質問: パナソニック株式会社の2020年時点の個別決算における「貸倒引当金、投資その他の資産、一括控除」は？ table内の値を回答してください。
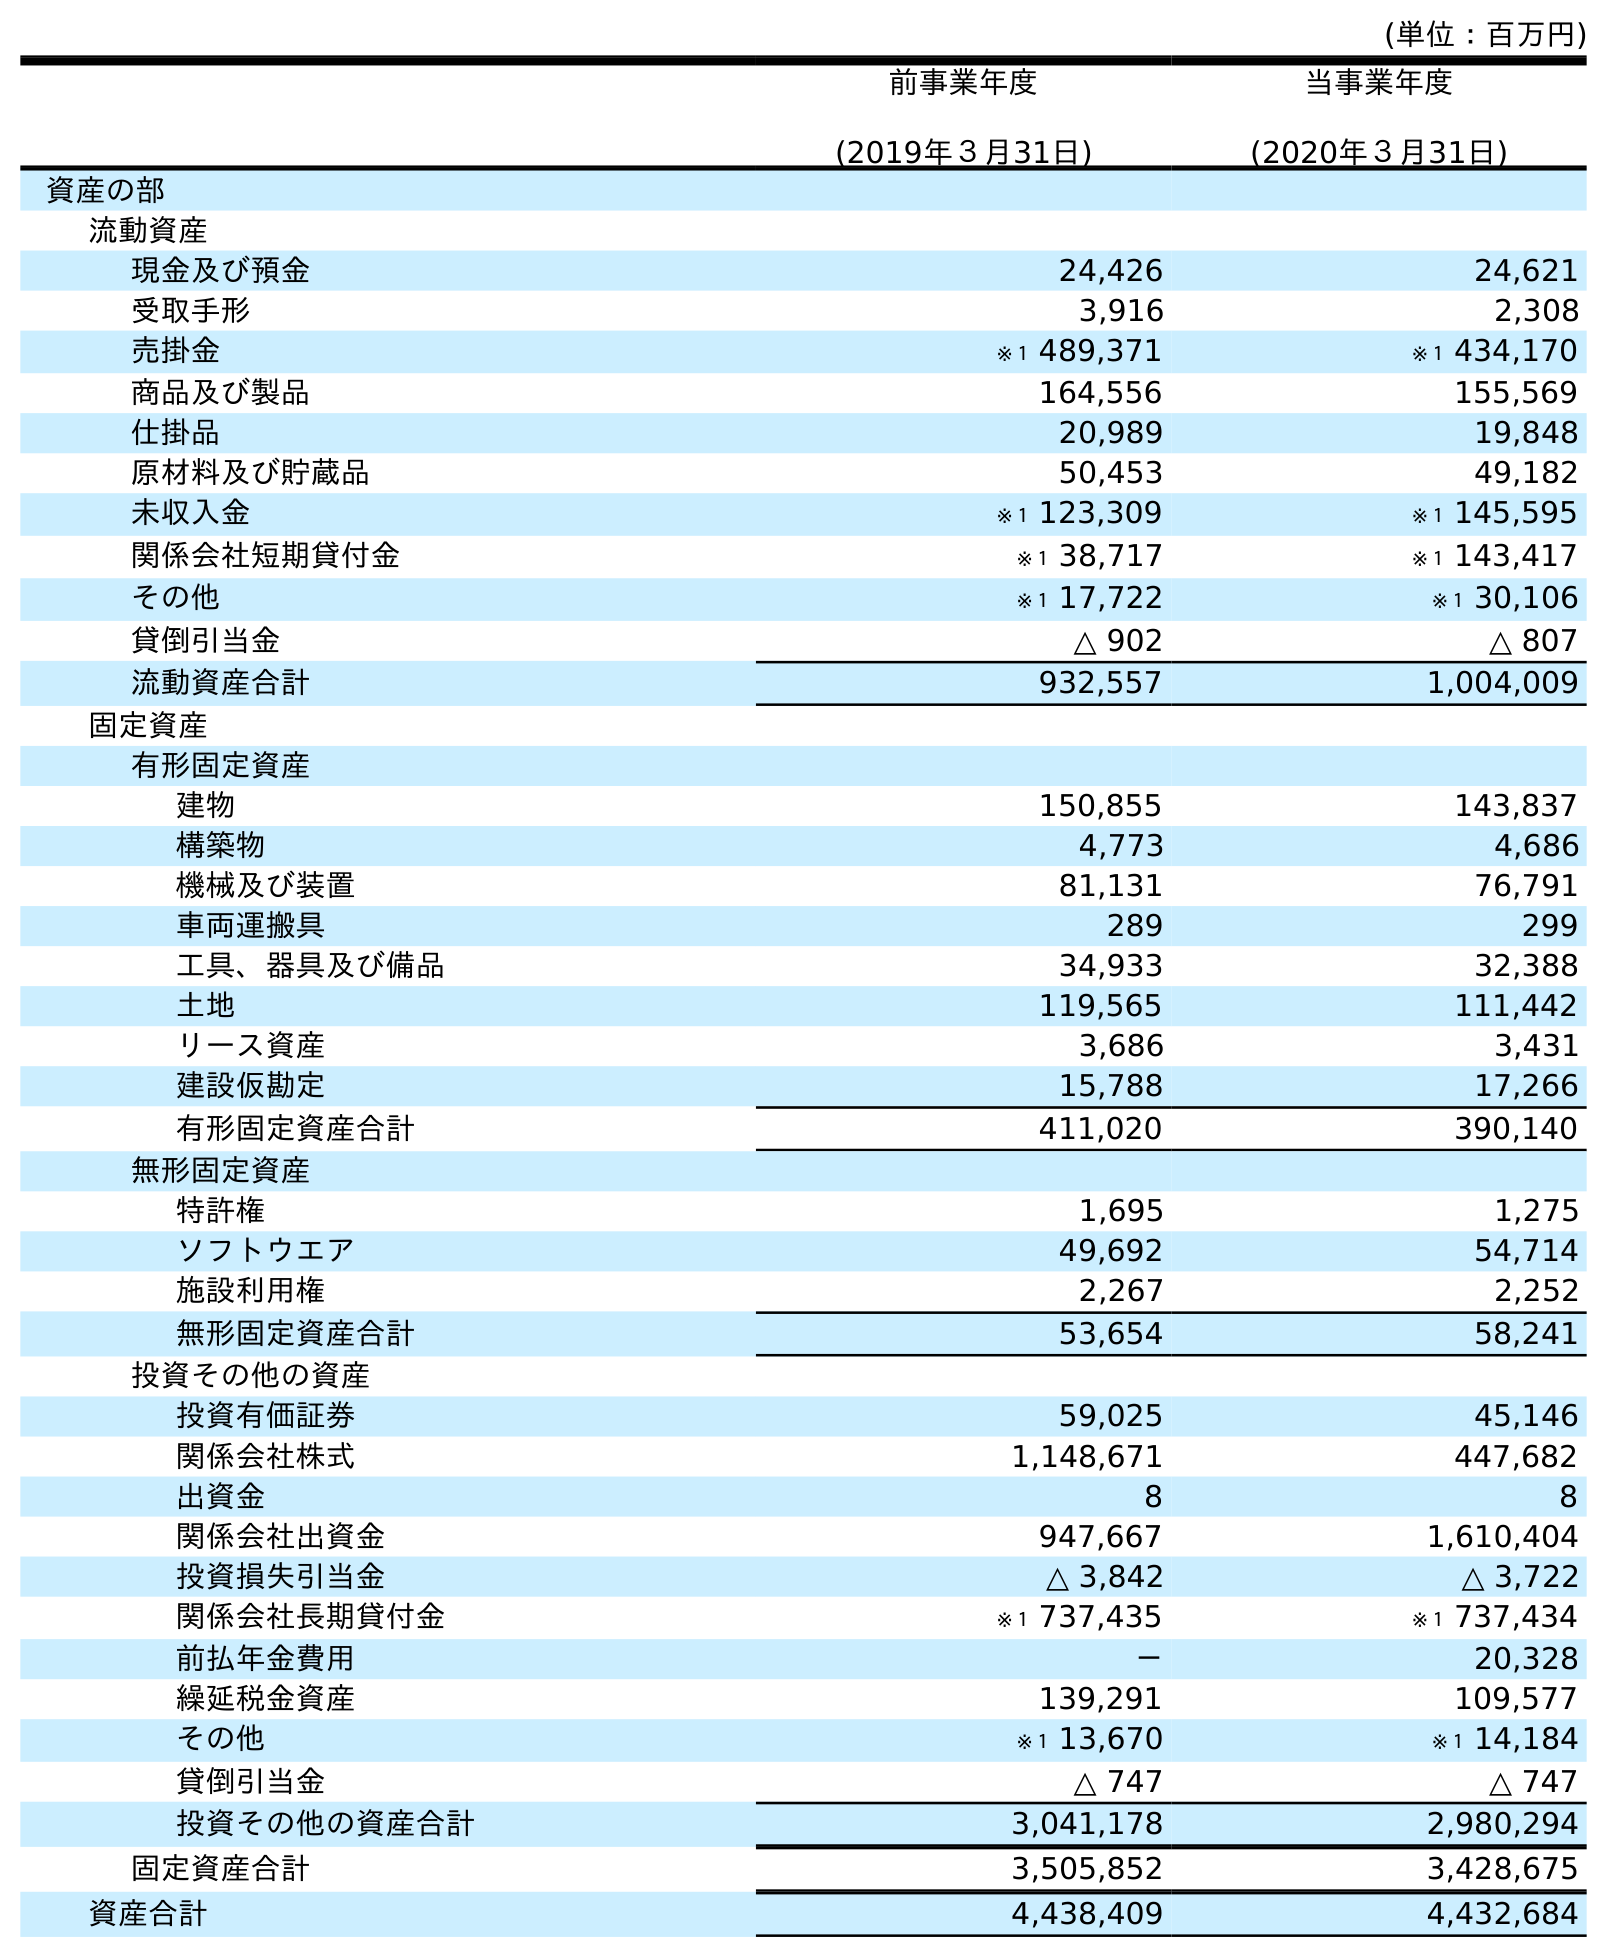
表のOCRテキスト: (単位：百万円) 前事業年度 (2019年３月31日) 当事業年度 (2020年３月31日) 資産の部 流動資産 現金及び預金 24,426 24,621 受取手形 3,916 2,308 売掛金 ※１ 489,371 ※１ 434,170 商品及び製品 164,556 155,569 仕掛品 20,989 19,848 原材料及び貯蔵品 50,453 49,182 未収入金 ※１ 123,309 ※１ 145,595 関係会社短期貸付金 ※１ 38,717 ※１ 143,417 その他 ※１ 17,722 ※１ 30,106 貸倒引当金 △ 902 △ 807 流動資産合計 932,557 1,004,009 固定資産 有形固定資産 建物 150,855 143,837 構築物 4,773 4,686 機械及び装置 81,131 76,791 車両運搬具 289 299 工具、器具及び備品 34,933 32,388 土地 119,565 111,442 リース資産 3,686 3,431 建設仮勘定 15,788 17,266 有形固定資産合計 411,020 390,140 無形固定資産 特許権 1,695 1,275 ソフトウエア 49,692 54,714 施設利用権 2,267 2,252 無形固定資産合計 53,654 58,241 投資その他の資産 投資有価証券 59,025 45,146 関係会社株式 1,148,671 447,682 出資金 8 8 関係会社出資金 947,667 1,610,404 投資損失引当金 △ 3,842 △ 3,722 関係会社長期貸付金 ※１ 737,435 ※１ 737,434 前払年金費用 － 20,328 繰延税金資産 139,291 109,577 その他 ※１ 13,670 ※１ 14,184 貸倒引当金 △ 747 △ 747 投資その他の資産合計 3,041,178 2,980,294 固定資産合計 3,505,852 3,428,675 資産合計 4,438,409 4,432,684
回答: △747